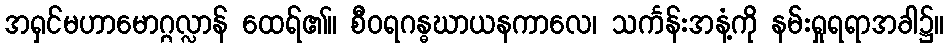
အရှင်မဟာမောဂ္ဂလ္လာန် ထေရ်၏။ စီဝရဂန္ဓဃာယနကာလေ၊ သင်္ကန်းအနံ့ကို နမ်းရှုရရာအခါ၌။